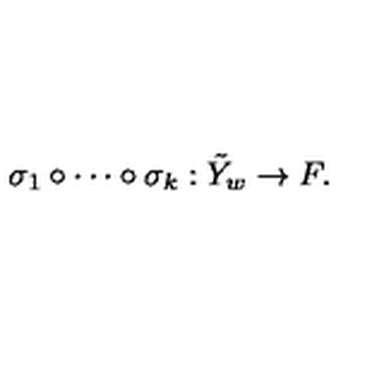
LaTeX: \sigma _ { 1 } \circ \cdots \circ \sigma _ { k } : \tilde { Y } _ { w } \rightarrow F .